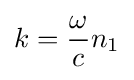
k={\frac {\omega }{c}}n_{1}